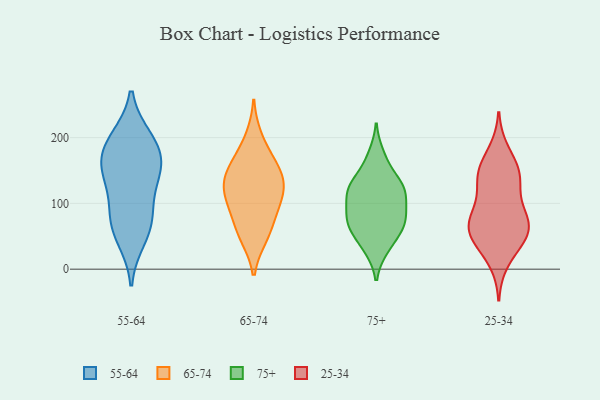
{"axis": {"x": "Satisfaction Score", "y": "Value"}, "legend": ["25-34", "55-64", "65-74", "75+"], "data": [{"x": "", "y": 197, "type": "55-64"}, {"x": "", "y": 135, "type": "55-64"}, {"x": "", "y": 199, "type": "55-64"}, {"x": "", "y": 165, "type": "55-64"}, {"x": "", "y": 46, "type": "55-64"}, {"x": "", "y": 181, "type": "55-64"}, {"x": "", "y": 92, "type": "55-64"}, {"x": "", "y": 147, "type": "55-64"}, {"x": "", "y": 75, "type": "55-64"}, {"x": "", "y": 151, "type": "55-64"}, {"x": "", "y": 67, "type": "55-64"}, {"x": "", "y": 101, "type": "65-74"}, {"x": "", "y": 121, "type": "65-74"}, {"x": "", "y": 150, "type": "65-74"}, {"x": "", "y": 200, "type": "65-74"}, {"x": "", "y": 91, "type": "65-74"}, {"x": "", "y": 131, "type": "65-74"}, {"x": "", "y": 133, "type": "65-74"}, {"x": "", "y": 73, "type": "65-74"}, {"x": "", "y": 167, "type": "65-74"}, {"x": "", "y": 49, "type": "65-74"}, {"x": "", "y": 158, "type": "65-74"}, {"x": "", "y": 50, "type": "65-74"}, {"x": "", "y": 115, "type": "65-74"}, {"x": "", "y": 102, "type": "75+"}, {"x": "", "y": 79, "type": "75+"}, {"x": "", "y": 82, "type": "75+"}, {"x": "", "y": 65, "type": "75+"}, {"x": "", "y": 70, "type": "75+"}, {"x": "", "y": 31, "type": "75+"}, {"x": "", "y": 174, "type": "75+"}, {"x": "", "y": 100, "type": "75+"}, {"x": "", "y": 124, "type": "75+"}, {"x": "", "y": 162, "type": "75+"}, {"x": "", "y": 130, "type": "75+"}, {"x": "", "y": 31, "type": "75+"}, {"x": "", "y": 75, "type": "75+"}, {"x": "", "y": 124, "type": "75+"}, {"x": "", "y": 59, "type": "75+"}, {"x": "", "y": 129, "type": "75+"}, {"x": "", "y": 112, "type": "75+"}, {"x": "", "y": 56, "type": "75+"}, {"x": "", "y": 126, "type": "75+"}, {"x": "", "y": 46, "type": "25-34"}, {"x": "", "y": 128, "type": "25-34"}, {"x": "", "y": 92, "type": "25-34"}, {"x": "", "y": 68, "type": "25-34"}, {"x": "", "y": 138, "type": "25-34"}, {"x": "", "y": 63, "type": "25-34"}, {"x": "", "y": 46, "type": "25-34"}, {"x": "", "y": 140, "type": "25-34"}, {"x": "", "y": 78, "type": "25-34"}, {"x": "", "y": 44, "type": "25-34"}, {"x": "", "y": 12, "type": "25-34"}, {"x": "", "y": 179, "type": "25-34"}, {"x": "", "y": 146, "type": "25-34"}, {"x": "", "y": 80, "type": "25-34"}, {"x": "", "y": 156, "type": "25-34"}, {"x": "", "y": 63, "type": "25-34"}]}